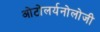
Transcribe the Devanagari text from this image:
ओटोलर्यनोलोजी